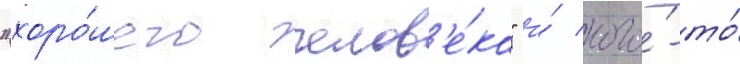
"хоро́шего челов'е́ка" и́ кого́-то́